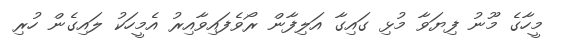
މީހާގެ މޫނު ފިޔަވާ މުޅި ގައިގާ އަލިފާން ރޯވެފައިވާއިރު އެމީހަކު ލައިގެން ހުރި